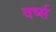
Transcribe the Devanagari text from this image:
वर्ष्स